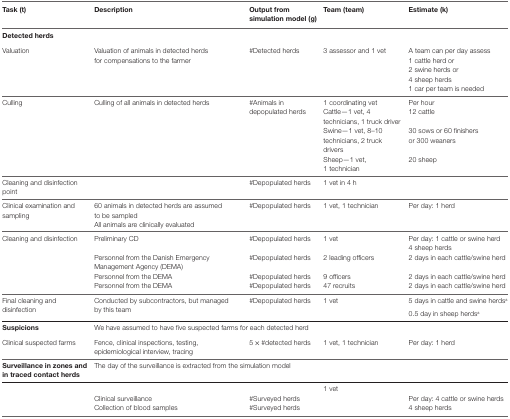
<table><thead><tr><td><b>Task (t)</b></td><td><b>Description</b></td><td><b>Output from simulation model (g)</b></td><td><b>Team (team)</b></td><td><b>Estimate (k)</b></td></tr><tr><td><b>Detected herds</b></td><td colspan="4"></td></tr></thead><tbody><tr><td rowspan="5">Valuation</td><td rowspan="5">Valuation of animals in detected herds for compensations to the farmer</td><td rowspan="5">#Detected herds</td><td rowspan="5">3 assessor and 1 vet</td><td>A team can per day assess</td></tr><tr><td>1 cattle herd or</td></tr><tr><td>2 swine herds or</td></tr><tr><td>4 sheep herds</td></tr><tr><td>1 car per team is needed</td></tr><tr><td rowspan="4">Culling</td><td rowspan="4">Culling of all animals in detected herds</td><td rowspan="4">#Animals in depopulated herds</td><td>1 coordinating vet</td><td>Per hour</td></tr><tr><td>Cattle—1 vet, 4 technicians, 1 truck driver</td><td>12 cattle</td></tr><tr><td>Swine—1 vet, 8–10 technicians, 2 truck drivers</td><td>30 sows or 60 finishers or 300 weaners</td></tr><tr><td>Sheep—1 vet, 1 technician</td><td>20 sheep</td></tr><tr><td>Cleaning and disinfection point</td><td></td><td>#Depopulated herds</td><td>1 vet in 4 h</td><td></td></tr><tr><td rowspan="2">Clinical examination and sampling</td><td>60 animals in detected herds are assumed to be sampled</td><td rowspan="2">#Depopulated herds</td><td rowspan="2">1 vet, 1 technician</td><td rowspan="2">Per day: 1 herd</td></tr><tr><td>All animals are clinically evaluated</td></tr><tr><td>Cleaning and disinfection</td><td>Preliminary CD</td><td>#Depopulated herds</td><td>1 vet</td><td>Per day: 1 cattle or swine herd4 sheep herds</td></tr><tr><td></td><td>Personnel from the Danish Emergency Management Agency (DEMA)</td><td>#Depopulated herds</td><td>2 leading officers</td><td>2 days in each cattle/swine herd</td></tr><tr><td></td><td>Personnel from the DEMA</td><td>#Depopulated herds</td><td>9 officers</td><td>2 days in each cattle/swine herd</td></tr><tr><td></td><td>Personnel from the DEMA</td><td>#Depopulated herds</td><td>47 recruits</td><td>2 days in each cattle/swine herd</td></tr><tr><td rowspan="2">Final cleaning and disinfection</td><td rowspan="2">Conducted by subcontractors, but managed by this team</td><td rowspan="2">#Depopulated herds</td><td rowspan="2">1 vet</td><td>5 days in cattle and swine herds<sup>a</sup></td></tr><tr><td>0.5 day in sheep herds<sup>a</sup></td></tr><tr><td><b>Suspicions</b></td><td colspan="4">We have assumed to have five suspected farms for each detected herd</td></tr><tr><td>Clinical suspected farms</td><td>Fence, clinical inspections, testing, epidemiological interview, tracing</td><td>5 × #detected herds</td><td>1 vet, 1 technician</td><td>Per day: 1 herd</td></tr><tr><td><b>Surveillance in zones and in traced contact herds</b></td><td colspan="4">The day of the surveillance is extracted from the simulation model</td></tr><tr><td></td><td></td><td></td><td>1 vet</td><td></td></tr><tr><td></td><td>Clinical surveillance</td><td>#Surveyed herds</td><td></td><td>Per day: 4 cattle or swine herds</td></tr><tr><td></td><td>Collection of blood samples</td><td>#Surveyed herds</td><td></td><td>4 sheep herds</td></tr></tbody></table>